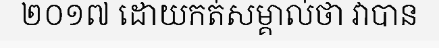
២០១៧ ដោយកត់សម្គាល់ថា វាបាន